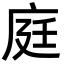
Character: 庭